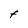
Character: F